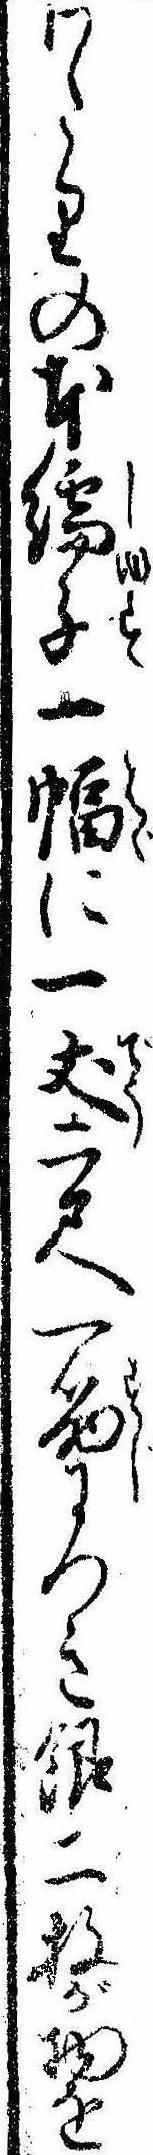
わたりの本繻子一幅に一𠀋二尺一筋につき銀二枚が物を